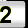
Digit: 2